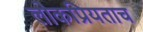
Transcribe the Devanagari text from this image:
लोकप्रियताच